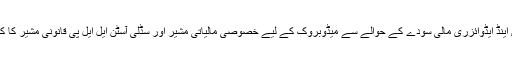
ولس کیپٹل مارکیٹس اینڈ ایڈوائزری مالی سودے کے حوالے سے میڈوبروک کے لیے خصوصی مالیاتی مشیر اور سڈلی آسٹن ایل ایل پی قانونی مشیر کا کردار ادا کررہے ہیں۔